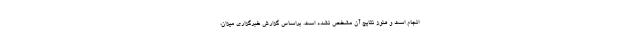
انجام است و هنوز نتایج آن مشخص نشده است. براساس گزارش خبرگزاری میزان،